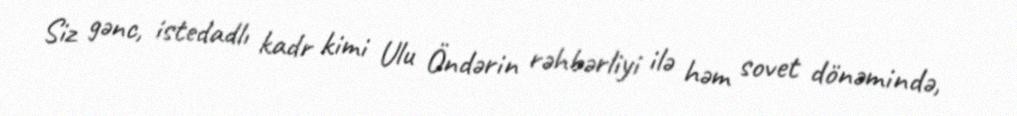
Siz gənc, istedadlı kadr kimi Ulu Öndərin rəhbərliyi ilə həm sovet dönəmində,